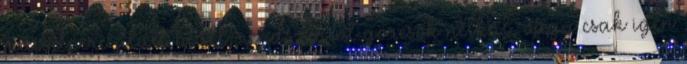
másodperc alatt beáll, rendszerint görcsök nélkül, vagy csak igen